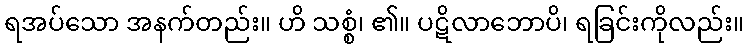
ရအပ်သော အနက်တည်း။ ဟိ သစ္စံ၊ ၏။ ပဋိလာဘောပိ၊ ရခြင်းကိုလည်း။